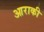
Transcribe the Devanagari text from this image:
आराकी